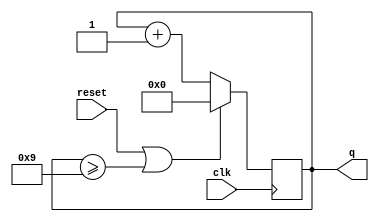
module counter10 (//09(9)100
    input clk,
    input reset,        // Synchronous active-high reset
    output reg [3:0] q);

    always @(posedge clk)begin
        if(reset || q >= 4'd9)begin
            q<=4'b0;
        end
        else begin
            q<=q+1'b1;
        end
    end
    
endmodule